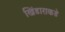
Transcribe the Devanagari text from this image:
खिंडाराकडे